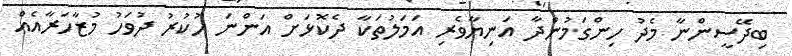
ބިދޭސީންނާ މެދު ހިންގަމުންދާ އަނިޔާވެރި އަމަލުތަކާ ދެކޮޅަށް އަންނަ ހުކުރު ދުވަހު މުޒާހަރާއެއް